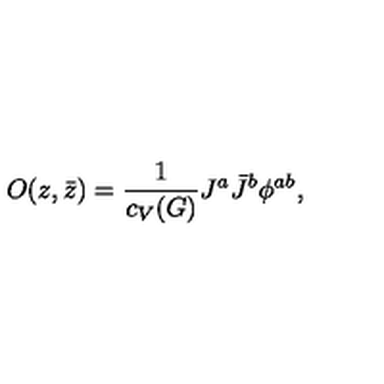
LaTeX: O ( z , \bar { z } ) = { \frac { 1 } { c _ { V } ( G ) } } J ^ { a } \bar { J } ^ { b } \phi ^ { a b } ,